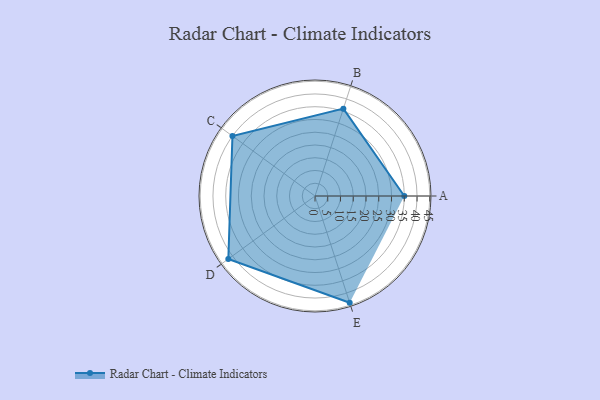
{"axis": {"x": "Skill", "y": "Score"}, "legend": ["Profile"], "data": [{"x": "A", "y": 35.0, "type": "Profile"}, {"x": "B", "y": 36.0, "type": "Profile"}, {"x": "C", "y": 40.0, "type": "Profile"}, {"x": "D", "y": 42.0, "type": "Profile"}, {"x": "E", "y": 44.0, "type": "Profile"}]}